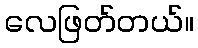
လေဖြတ်တယ်။